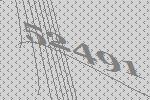
52491